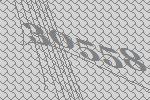
30558